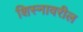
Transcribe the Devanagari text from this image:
शिस्नावरील